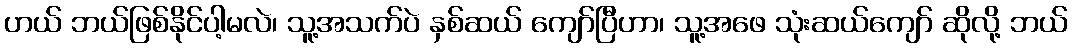
ဟယ် ဘယ်ဖြစ်နိုင်ပါ့မလဲ၊ သူ့အသက်ပဲ နှစ်ဆယ် ကျော်ပြီဟာ၊ သူ့အဖေ သုံးဆယ်ကျော် ဆိုလို့ ဘယ်